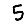
Digit: 5